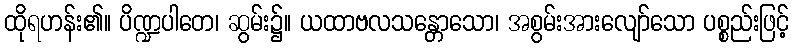
ထိုရဟန်း၏။ ပိဏ္ဍပါတေ၊ ဆွမ်း၌။ ယထာဗလသန္တောသော၊ အစွမ်းအားလျော်သော ပစ္စည်းဖြင့်